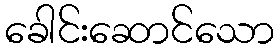
ခေါင်းဆောင်သော